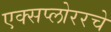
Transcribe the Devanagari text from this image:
एक्सप्लोररचे